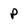
Character: P